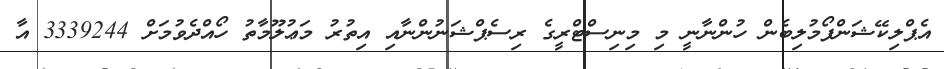
އެޕްލިކޭޝަންފޯމުލިބެން ހުންނާނީ މި މިނިސްޓްރީގެ ރިސެޕްޝަނުންނާއި އިތުރު މަޢުލޫމާތު ހޯއްދެވުމަށް 3339244 އާ